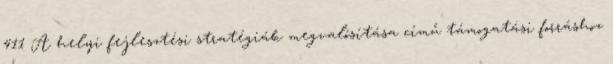
411 A helyi fejlesztési stratégiák megvalósítása című támogatási forráshoz